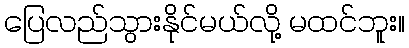
ပြေလည်သွားနိုင်မယ်လို့ မထင်ဘူး။